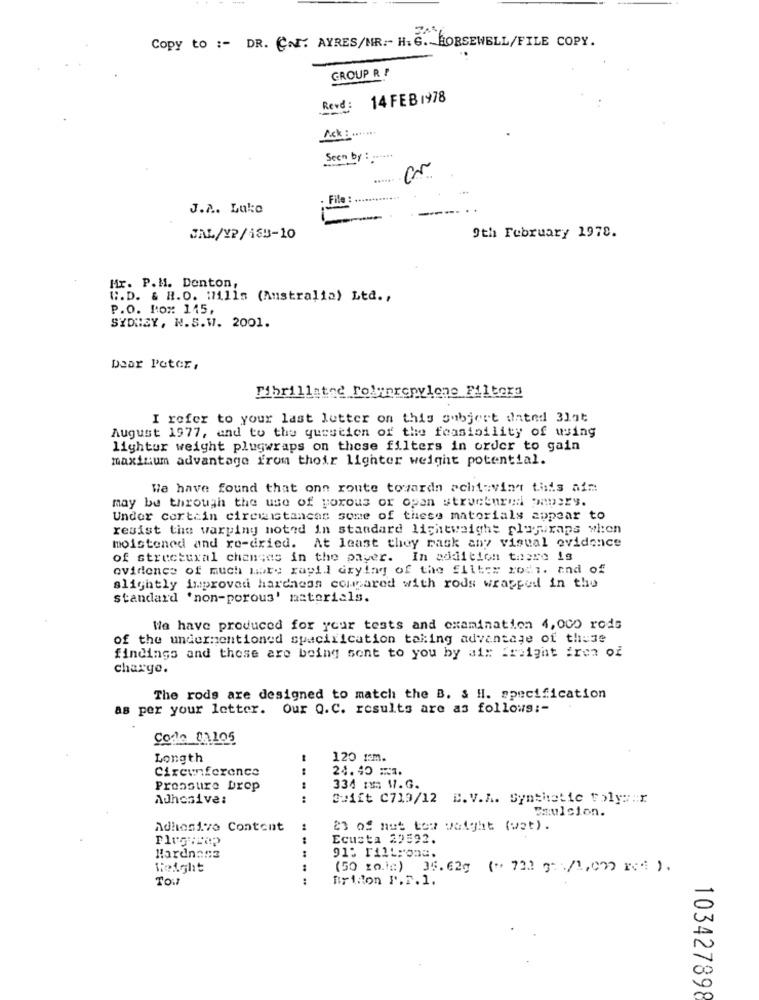
Copy to :- DR. CNT. AYRES/NR :- H.G. HORSEWELL/FILE COPY.
GROUP R !
Revd: 14 FEB 1978
Ack:
Seen by : ......
......
File :
J.A. Lake
JAL/YP/183-10
9th February 1978.
Hr. P.M. Denton,
C.D. & H.O. 171115 (Australia) Ltd .,
P.O. Poz: 145,
SYDNEY, N.S.W. 2001.
Dear Peter,
Fibrillated robynrepylone_Filtera
I refer to your last letter on this subject dated 31st
August 1977, and to the question of the feasibility of wing
lighter weight plugwraps on these filters in order to gain
maximum advantage from their lighter weight potential.
We have found that one route towards achieving this ain
may be through the use of porous or opan structured papery.
Under certain circumstances some of these materials appear to
resist the warping noted in standard lightweight plofraps when
moistoned and re-dried. At least they rask any visual evidence
of structural changes in the payer. In addition there is
evidence of much more rapid crying of the Eliter ross. and of
slightly improved harchess compared with rods wrapped in the
standard 'non-porous' materials.
We have produced for your tests and examination 4,000 rods
of the undermentioned specification taking advantage of the3e
findings and these are being sent to you by ai: freight fren of
charge.
The rods are designed to match the B. & H. specification
as per your letter. Our Q.C. results are as follows :-
Code 01105
Longth
120 1m.
Circunference
24.40 :1.
Pressure Drop
334 1: 17.G.
Adhesive:
----
Swift C719/12 E. V.A. Synthetic tolys:x
Paulcion.
Adhesivo Content
23 of met tow waight (wet).
Ecusta 29592.
Hardnans
.. ....
91: riltronc.
Height
(50 zole) 35.62g ( ". 72) 3 /1,c) rc ).
TO:1
....
Briion P.F. 1.
103427898